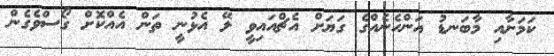
ކަމަށާއި މާބަނޑު އަންހެނެއްގެ ގަޔަށް އެޗްއައިވީ ލޭ އެޅުނީ ތަން އެއްކޮށް ގޯސްވެގެން